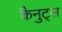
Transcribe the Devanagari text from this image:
कैनुट्स